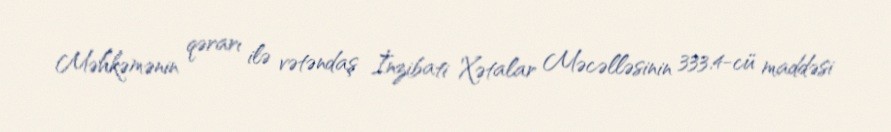
Məhkəmənin qərarı ilə vətəndaş İnzibati Xətalar Məcəlləsinin 333.4-cü maddəsi